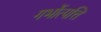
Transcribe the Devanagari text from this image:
गर्भोत्पत्ति